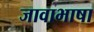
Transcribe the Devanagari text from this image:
जावाभाषा